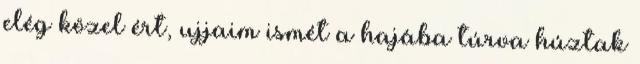
elég közel ért, ujjaim ismét a hajába túrva húztak